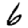
Digit: 6